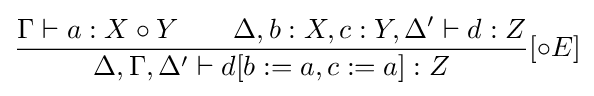
{\frac {\Gamma \vdash a:X\circ Y\qquad \Delta ,b:X,c:Y,\Delta '\vdash d:Z}{\Delta ,\Gamma ,\Delta '\vdash d[b:=a,c:=a]:Z}}[\circ E]